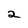
Character: 2